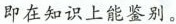
即在知识上能鉴别。